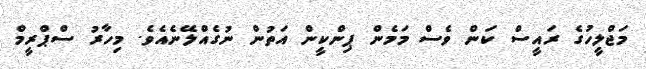
މަޖްލީހުގެ ރައީސް ކަން ވެސް މަމެން ޕިންކީން އަތުން ނުގެއްލޭނެއެވެ. މިހާރު ސްޕްރީމް